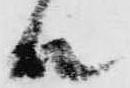
殿